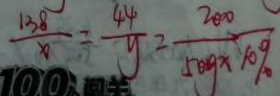
\frac { 1 3 8 } { x } = \frac { 4 4 } { y } = \frac { 2 0 0 0 } { 5 0 g \times 1 0 \% }